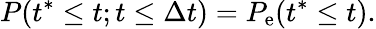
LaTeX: P(t^{\ast}\leq t;t\leq\Delta t)=P_{\mathrm{e}}(t^{\ast}\leq t).